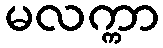
မလက္ကာ